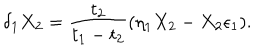
\delta _ { 1 } X _ { 2 } = { \frac { t _ { 2 } } { t _ { 1 } - t _ { 2 } } } ( \eta _ { 1 } X _ { 2 } - X _ { 2 } \epsilon _ { 1 } ) .